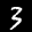
Label: 3